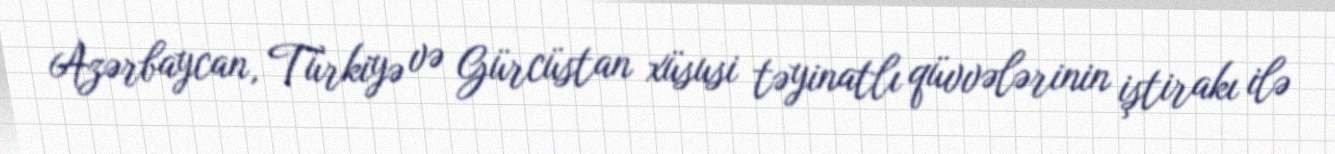
Azərbaycan, Türkiyə və Gürcüstan xüsusi təyinatlı qüvvələrinin iştirakı ilə